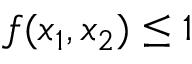
f ( x _ { 1 } , x _ { 2 } ) \le 1